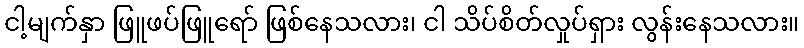
ငါ့မျက်နှာ ဖြူဖပ်ဖြူရော် ဖြစ်နေသလား၊ ငါ သိပ်စိတ်လှုပ်ရှား လွန်းနေသလား။